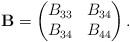
LaTeX: \begin{align*}\mathbf{B}=\begin{pmatrix} B_{33} & B_{34} \\ B_{34} & B_{44} \end{pmatrix}.\end{align*}